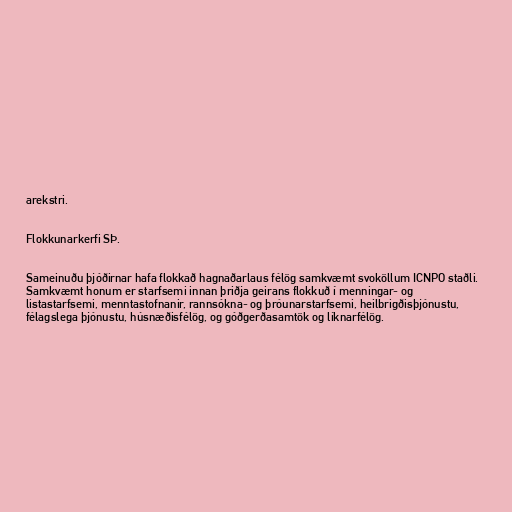
arekstri.

Flokkunarkerfi SÞ.

Sameinuðu þjóðirnar hafa flokkað hagnaðarlaus félög samkvæmt svoköllum ICNPO staðli.
Samkvæmt honum er starfsemi innan þriðja geirans flokkuð í menningar- og
listastarfsemi, menntastofnanir, rannsókna- og þróunarstarfsemi, heilbrigðisþjónustu,
félagslega þjónustu, húsnæðisfélög, og góðgerðasamtök og líknarfélög.